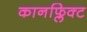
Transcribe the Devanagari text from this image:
कानफ्लिक्ट